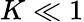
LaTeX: K\ll 1